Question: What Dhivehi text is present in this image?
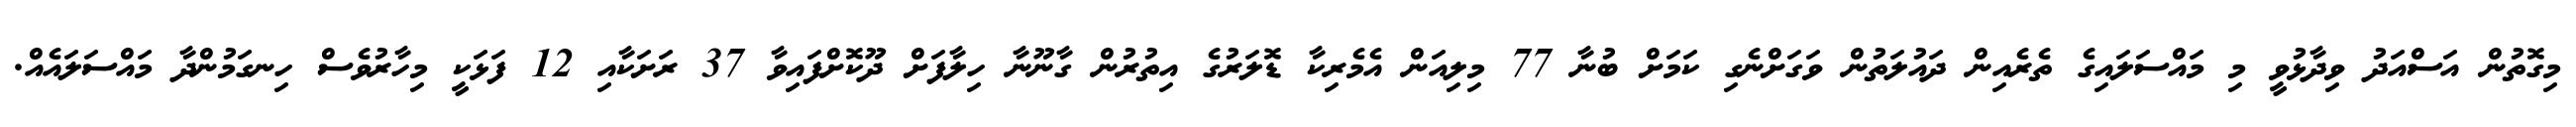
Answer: މިގޮތުން އަސްއަދު ވިދާޅުވީ މި މައްސަލައިގެ ތެރެއިން ދައުލަތުން ވަގަށްނެގި ކަމަށް ބުނާ 77 މިލިއަން އެމެރިކާ ޑޮލަރުގެ އިތުރުން ގާނޫނާ ހިލާފަށް ދޫކޮށްފައިވާ 37 ރަށަކާއި 12 ފަޅަކީ މިހާރުވެސް ހިނގަމުންދާ މައްސަލައެއް.